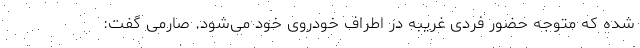
شده که متوجه حضور فردی غریبه در اطراف خودروی خود می‌شود. صارمی گفت: